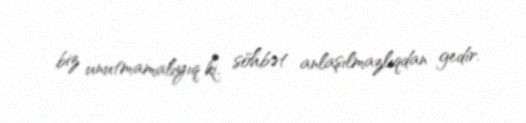
biz unutmamalıyıq ki, söhbət anlaşılmazlıqdan gedir.